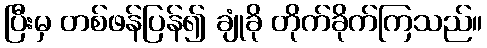
ပြီးမှ တစ်ဖန်ပြန်၍ ချုံခို တိုက်ခိုက်ကြသည်။